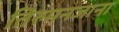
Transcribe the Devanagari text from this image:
तिरुमनजाना